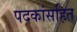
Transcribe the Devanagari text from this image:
पदकांसहित